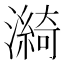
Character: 𤀽